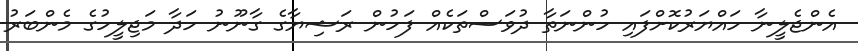
އެންޖެލީނާ ހައްޔަރުކޮށްފައި ހުންނަތާ ދުވަސްތަކެއް ފަހުން ރަޝިޔާގެ ގާނޫނު ހަދާ މަޖިލީހުގެ މެންބަރު